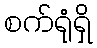
စက်ရုံရှိ